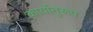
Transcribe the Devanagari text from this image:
कार्यानुरूप